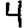
Digit: 4